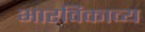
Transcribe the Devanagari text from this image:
भारविकाव्य